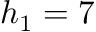
h _ { 1 } = 7